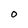
Character: O